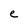
Character: e